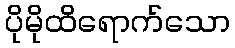
ပိုမိုထိရောက်သော